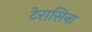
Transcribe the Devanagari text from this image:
टेरासिना